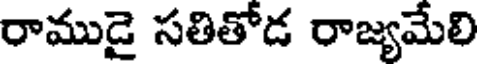
రాముడై సతితోడ రాజ్యమేలి